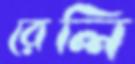
রেলি